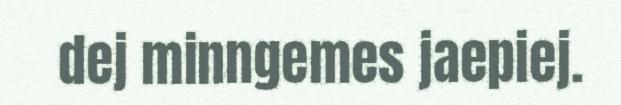
dej minngemes jaepiej.